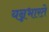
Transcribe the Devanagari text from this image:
यन्नभारते